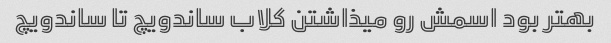
بهتر بود اسمش رو میذاشتن کلاب ساندویچ تا ساندویچ